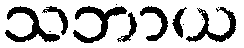
သဘာယ